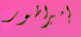
إمبراطور